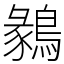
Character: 鶨